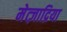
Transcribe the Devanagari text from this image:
मेत्ज़ाद्रिया